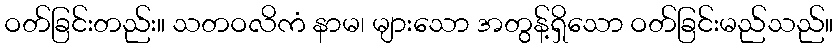
ဝတ်ခြင်းတည်း။ သတဝလိကံ နာမ၊ များသော အတွန့်ရှိသော ဝတ်ခြင်းမည်သည်။